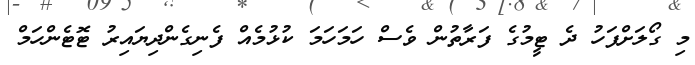
މި ގޯލަށްފަހު ދެ ޓީމުގެ ފަރާތުން ވެސް ހަމަހަމަ ކުޅުމެއް ފެނިގެންދިޔައިރު ޓޮޓެންހަމް